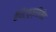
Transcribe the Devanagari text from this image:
बैविट्यूक्सिमैब